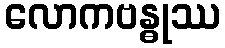
လောကဗန္ဓုဿ